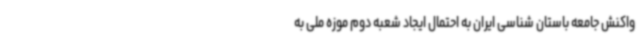
واکنش جامعه باستان شناسی ایران به احتمال ایجاد شعبه دوم موزه ملی به